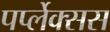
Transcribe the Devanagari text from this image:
पर्प्लेक्सस